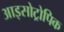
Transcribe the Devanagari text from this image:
आइसोट्रोपिक